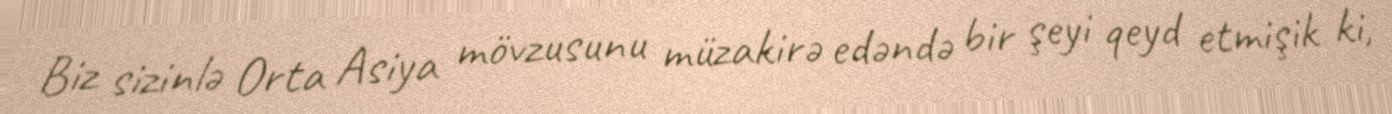
Biz sizinlə Orta Asiya mövzusunu müzakirə edəndə bir şeyi qeyd etmişik ki,